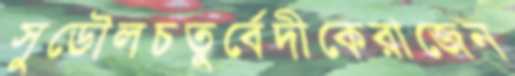
সুডৌলচতুর্বেদীকেরাজেন